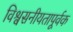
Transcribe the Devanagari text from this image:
विश्वसनीयतापूर्वक